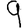
Digit: 9